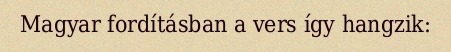
Magyar fordításban a vers így hangzik: